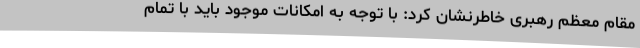
مقام معظم رهبری خاطرنشان کرد: با توجه به امکانات موجود باید با تمام